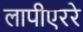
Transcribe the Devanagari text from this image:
लापीएररे